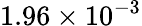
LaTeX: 1.96\times 10^{-3}